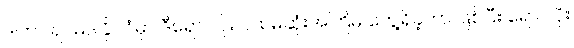
ဒါဟာ ရဝမ်ဒါနိုင်ငံမှာ ဒီရောဂါပိုး ပထမဆုံးအကြိမ် တွေ့ရှိခဲ့တာ ဖြစ်ပြီး ရောဂါပိုး